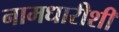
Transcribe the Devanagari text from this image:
नामधारीशी